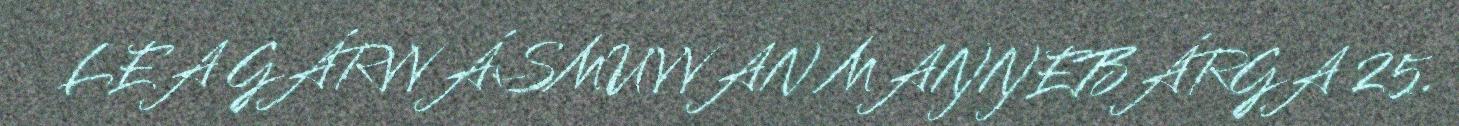
LEA GÁRVVÁSMUVVAN MAŊŊEBÁRGA 25.